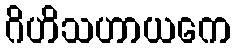
ဂိဟိသဟာယကေ